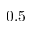
0 . 5